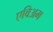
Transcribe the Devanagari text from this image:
एविअम